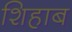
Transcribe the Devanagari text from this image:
शिहाब